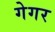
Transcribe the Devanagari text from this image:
गेगर